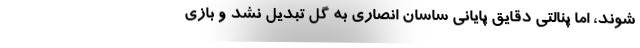
شوند، اما پنالتی دقایق پایانی ساسان انصاری به گل تبدیل نشد و بازی